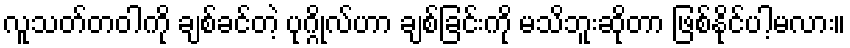
လူသတ်တဝါကို ချစ်ခင်တဲ့ ပုဂ္ဂိုလ်ဟာ ချစ်ခြင်းကို မသိဘူးဆိုတာ ဖြစ်နိုင်ပါ့မလား။